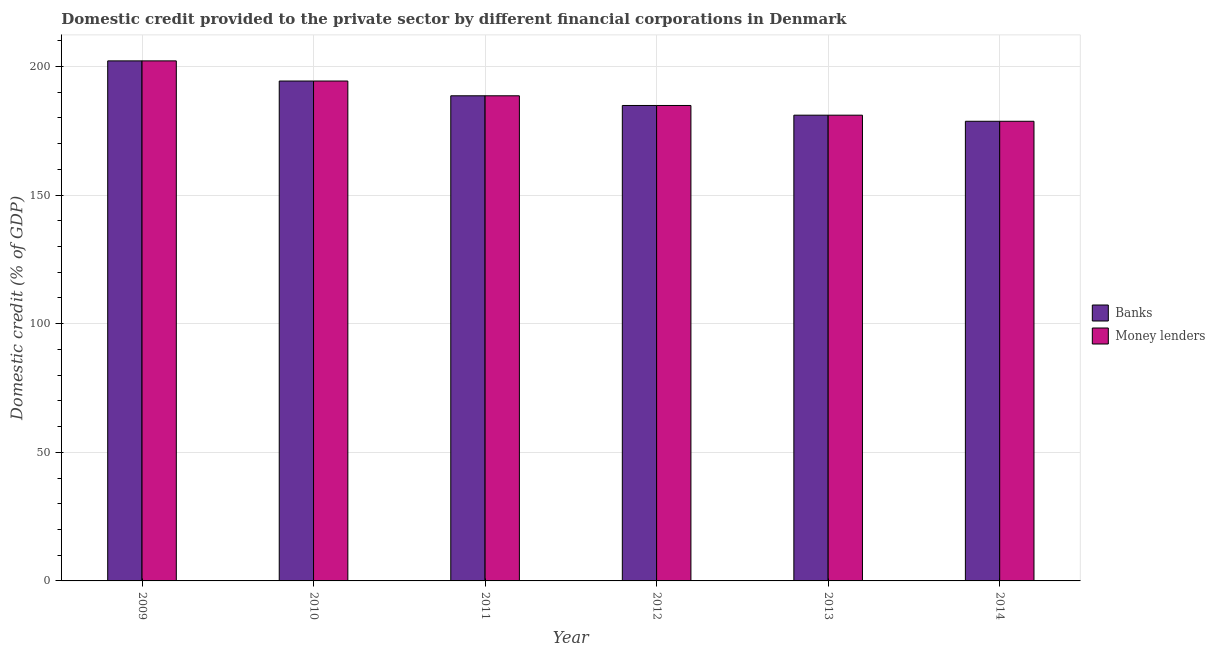
| Year | Banks | Money lenders |
 | --- | --- | --- |
 | 2009 | 202 | 202 |
 | 2010 | 194 | 194 |
 | 2011 | 189 | 189 |
 | 2012 | 185 | 185 |
 | 2013 | 181 | 181 |
 | 2014 | 179 | 179 |